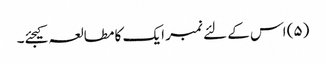
(۵) اس کے لئے نمبر ایک کا مطالعہ کیجئے۔